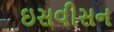
ઇસવીસન